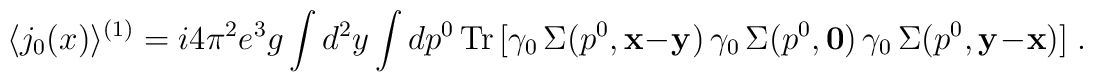
\langle j_0(x)\rangle^{(1)}=i4\pi^2e^3g\int d^2y\int dp^0\,{\rm Tr}\,[\gamma_0\,\Sigma(p^0,{\bf x}-{\bf y})\,\gamma_0\,\Sigma(p^0,{\bf 0})\,\gamma_0\,\Sigma(p^0,{\bf y}-{\bf x})]  \; .